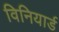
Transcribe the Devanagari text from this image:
विनियार्ड